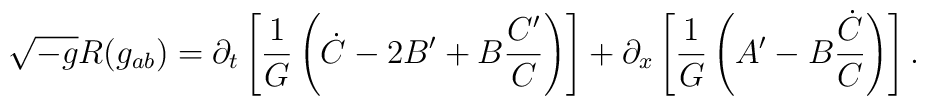
\sqrt{-g}R(g_{ab}) =\partial_t\left[\frac{1}{G}\left (\dot C-2B^\prime +B\frac{C^\prime}{C}\right )\right ]+\partial_x\left[\frac{1}{{G}}\left (A^\prime -B\frac{\dot C}{C}\right )\right ].